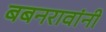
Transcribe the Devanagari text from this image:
बबनरावांनी